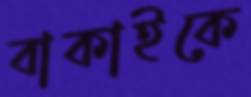
বাকাইকে